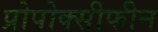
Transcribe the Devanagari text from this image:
प्रोपोक्सीफीन